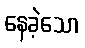
နေခဲ့သော